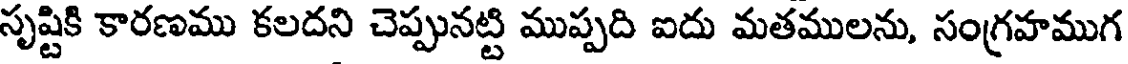
సృష్టికి కారణము కలదని చెప్పునట్టి ముప్పది ఐదు మతములను, సంగ్రహముగ